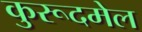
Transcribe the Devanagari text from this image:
कुरूदमेल